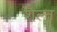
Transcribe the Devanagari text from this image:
शैल्त